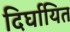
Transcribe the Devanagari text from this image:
दिर्घायित